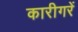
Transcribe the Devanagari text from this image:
कारीगरें